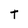
Character: T